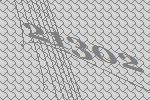
21302